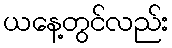
ယနေ့တွင်လည်း